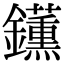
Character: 𬬡